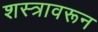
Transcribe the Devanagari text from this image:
शस्त्रावरून